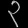
Digit: ၃